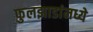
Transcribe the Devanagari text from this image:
फुलझाडांमध्ये